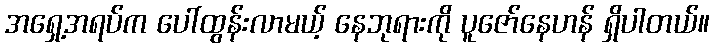
အရှေ့အရပ်က ပေါ်ထွန်းလာမယ့် နေဘုရားကို ပူဇော်နေဟန် ရှိပါတယ်။